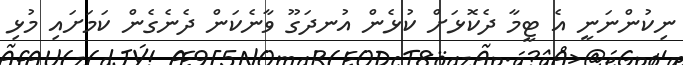
ނިކުންނަނީ އެ ޓީމާ ދެކޮޅަށް ކުޅެން އުނދަގޫ ވާނެކަން ދެނެގެން ކަމަށައި މުޅި